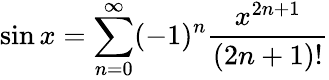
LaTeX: \sin x=\sum_{n=0}^{\infty}(-1)^{n}{\frac{x^{2n+1}}{(2n+1)!}}